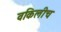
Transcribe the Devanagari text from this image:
वकिलीच